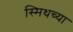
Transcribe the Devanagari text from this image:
स्मिथच्या